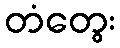
တံတွေး